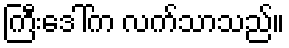
ကြီးဒေါ်က လက်သာသည်။